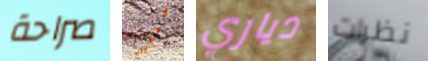
صراحة معجزات دياري نظرات